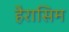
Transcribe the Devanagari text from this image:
हैरासिम